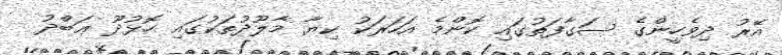
އޭރު ދިވެހީންގެ ސަގާފަތުގައި ކޮންމެ އަހަރަކު ކިޔާ މާލޫދުތަކުގައި ހޮޅުދޫ ޢަބްދު